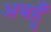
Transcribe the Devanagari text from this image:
अबहुँ